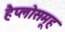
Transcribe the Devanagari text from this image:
हैप्लोसमूह